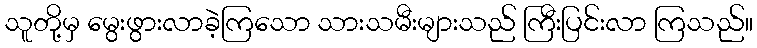
သူတို့မှ မွေးဖွားလာခဲ့ကြသော သားသမီးများသည် ကြီးပြင်းလာ ကြသည်။